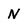
Character: N